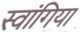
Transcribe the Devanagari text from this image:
स्वांगिया